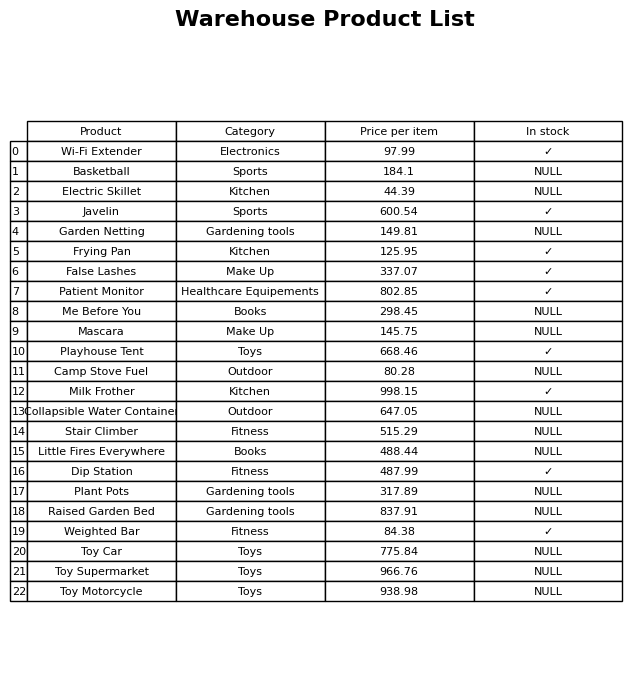
question: What is the stock status of the Electric Skillet?
answer: NULL